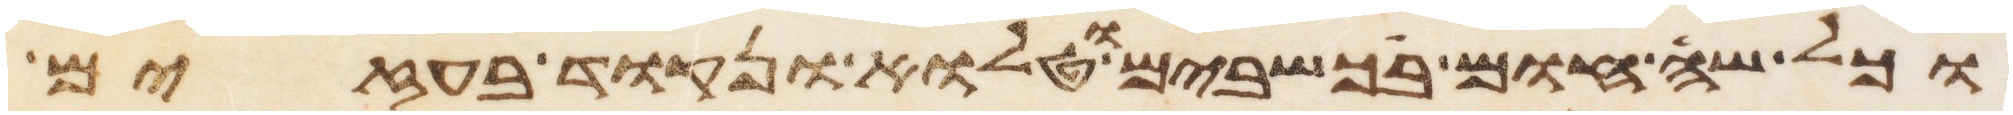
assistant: וכל שה חום בכשבים וטלוא ונקוד בעזים